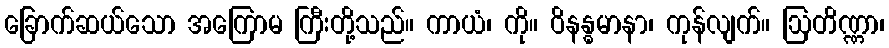
ခြောက်ဆယ်သော အကြောမ ကြီးတို့သည်။ ကာယံ၊ ကို။ ဝိနန္ဓမာနာ၊ ကုန်လျက်။ ဩတိဏ္ဏာ၊